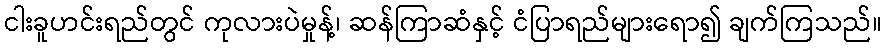
ငါးခူဟင်းရည်တွင် ကုလားပဲမှုန့်၊ ဆန်ကြာဆံနှင့် ငံပြာရည်များရော၍ ချက်ကြသည်။